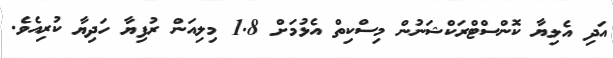
އަދި އެލިޔާ ކޮންސްޓްރަކްޝަނުން މިސްކިތް އެޅުމަށް 1.8 މިލިއަން ރުފިޔާ ހަދިޔާ ކުރިއެވެ.